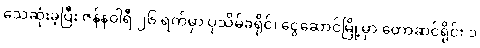
သေဆုံးခဲ့ပြီး ဇန်နဝါရီ ၂၆ ရက်မှာ ပုသိမ်ခရိုင်၊ ငွေဆောင်မြို့မှာ တောဆင်ရိုင်း ၁